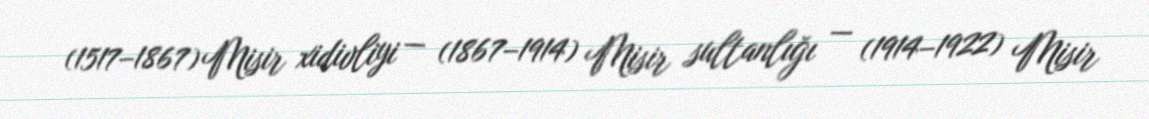
(1517–1867) Misir xidivliyi — (1867–1914) Misir sultanlığı — (1914–1922) Misir